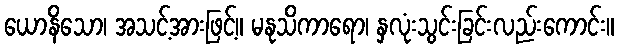
ယောနိသော၊ အသင့်အားဖြင့်။ မနုသိကာရော၊ နှလုံးသွင်းခြင်းလည်းကောင်း။